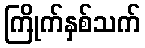
ကြိုက်နှစ်သက်